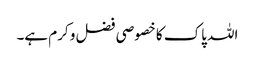
اللہ پاک کا خصوصی فضل و کرم ہے۔